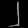
Digit: ၂